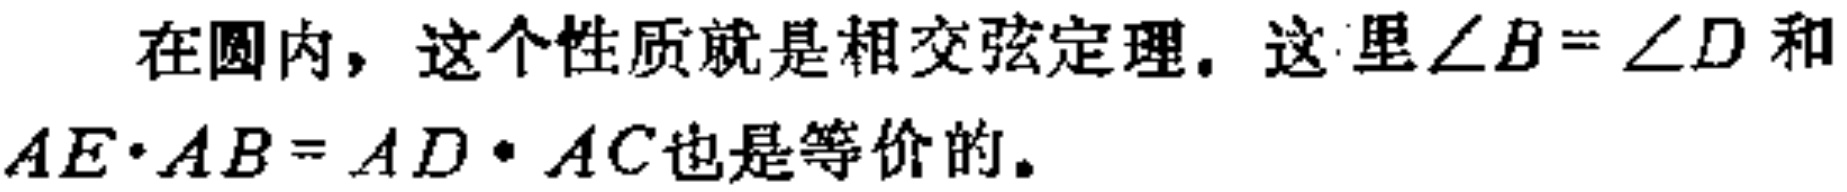
在圆内，这个性质就是相交弦定理。这里$\angle B = \angle D$和$AE\cdot AB = AD\cdot AC$也是等价的。